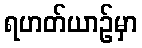
ရဟတ်ယာဉ်မှာ